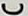
C